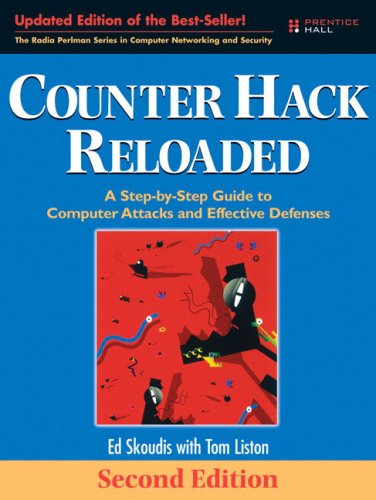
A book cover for Counter Hack Reloaded: A Step-by-Step Guide to Computer Attacks and Effective Defenses (2nd Edition); Edward Skoudis; Computers & Technology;